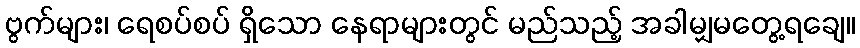
ဗွက်များ၊ ရေစပ်စပ် ရှိသော နေရာများတွင် မည်သည့် အခါမျှမတွေ့ရချေ။